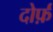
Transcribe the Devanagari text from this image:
दोर्फ़